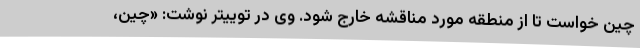
چین خواست تا از منطقه مورد مناقشه خارج شود. وی در توییتر نوشت: «چین،